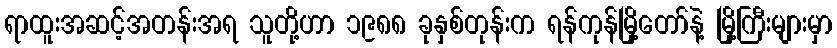
ရာထူးအဆင့်အတန်းအရ သူတို့ဟာ ၁၉၈၈ ခုနှစ်တုန်းက ရန်ကုန်မြို့တော်နဲ့ မြို့ကြီးများမှာ